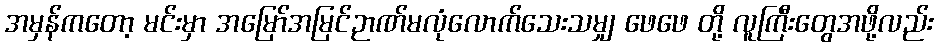
အမှန်ကတော့ မင်းမှာ အမြော်အမြင်ဉာဏ်မလုံလောက်သေးသမျှ ဖေဖေ တို့ လူကြီးတွေအဖို့လည်း